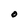
Character: O